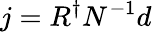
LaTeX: j=R^{\dagger}N^{-1}d